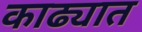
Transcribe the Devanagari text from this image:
काढ्यात